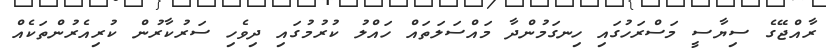
ރާއްޖޭގެ ސިޔާސީ މަސްރަހުގައި ހިނގަމުންދާ މައްސަލަތައް ހައްލު ކުރުމުގައި ދިވެހި ސަރުކާރުން ކުރިއެރުންތަކެއް